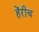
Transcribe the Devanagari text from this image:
हेंरीच